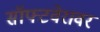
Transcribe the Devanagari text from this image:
सॉफ्टवेरावर